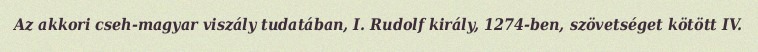
Az akkori cseh-magyar viszály tudatában, I. Rudolf király, 1274-ben, szövetséget kötött IV.